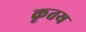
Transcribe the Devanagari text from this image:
कृतय